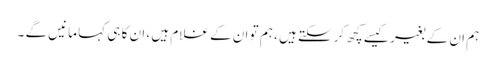
ہم ان کے بغیر کیسے کچھ کرسکتے ہیں ، ہم تو ان کے غلام ہیں ، ان کا ہی کہا مانیں گے ۔